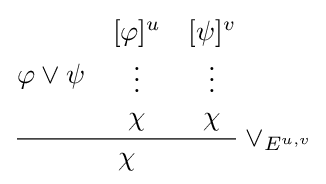
{\cfrac {\varphi \lor \psi \quad {\begin{matrix}[\varphi ]^{u}\\\vdots \\\chi \end{matrix}}\quad {\begin{matrix}[\psi ]^{v}\\\vdots \\\chi \end{matrix}}}{\chi }}\ \lor _{E^{u,v}}